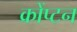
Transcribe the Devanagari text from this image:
क्रोंप्टन